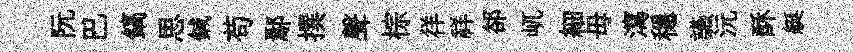
阮巴鎬思鍼苟鄢撰聲棕徉祥郤屼細毋瀉穩讌沅酥艇